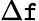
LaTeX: \Delta\mathtt{f}